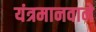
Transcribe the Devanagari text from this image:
यंत्रमानवाने